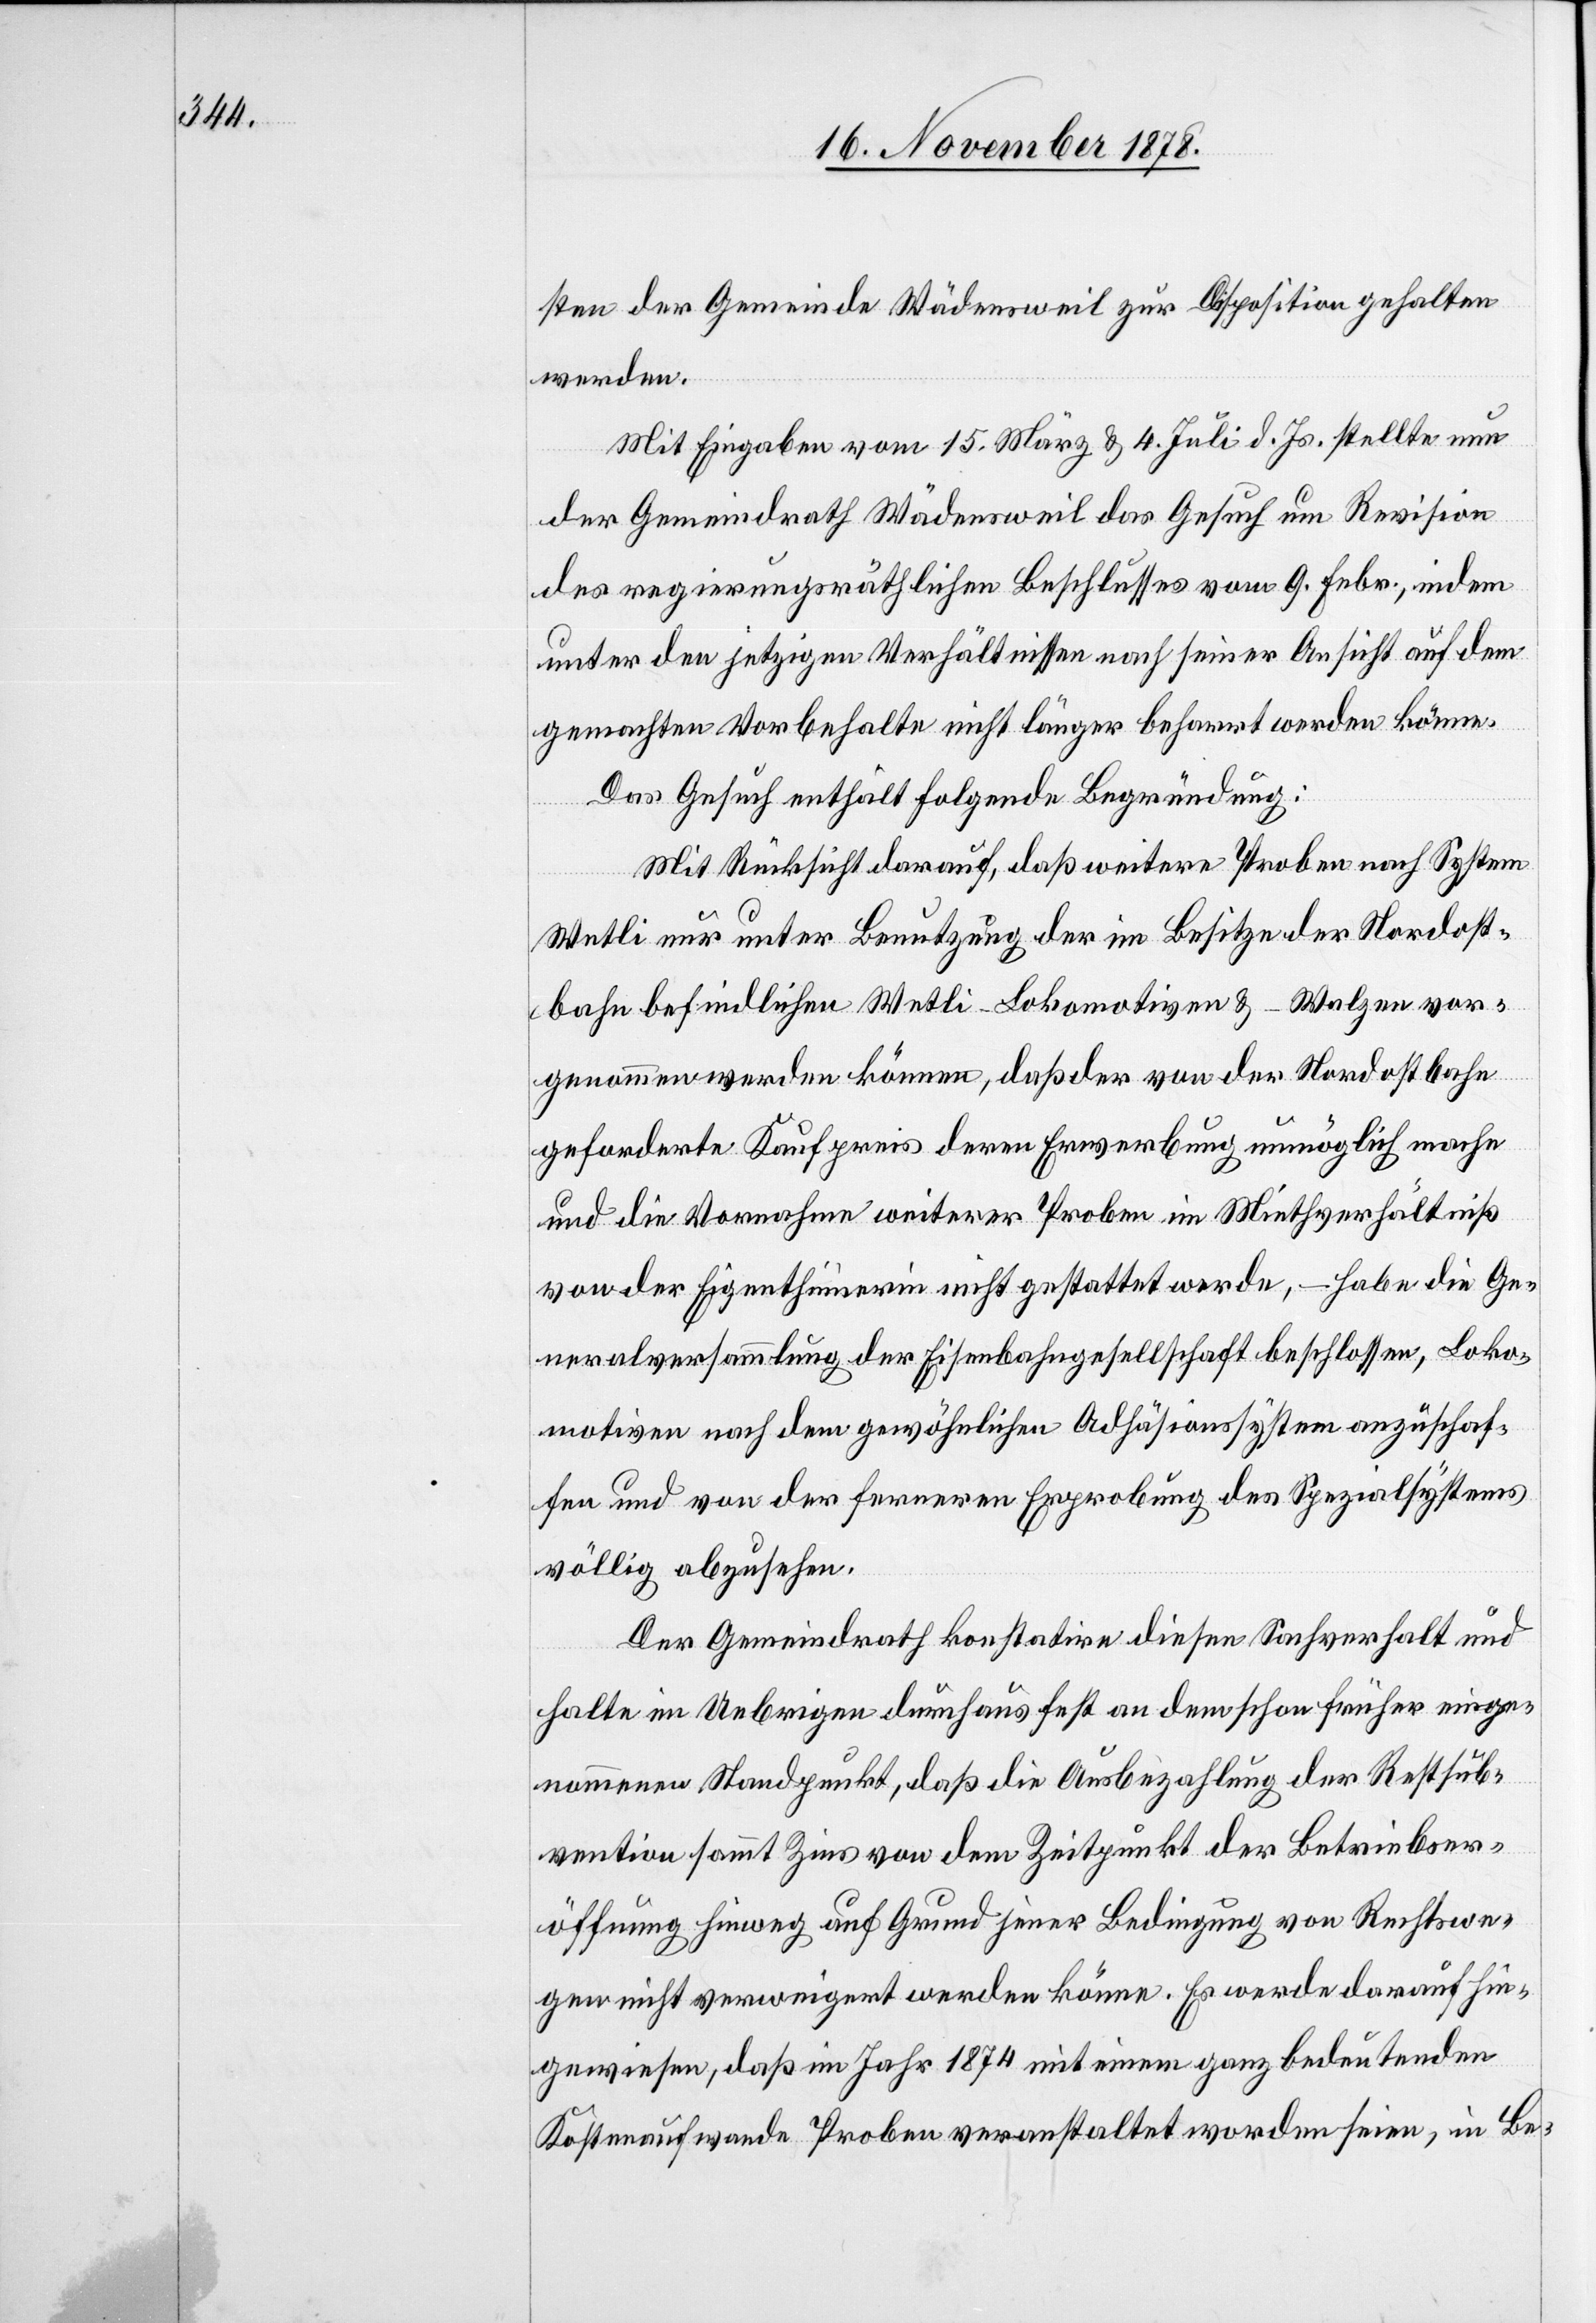
sten der Gemeinde Wädensweil zur Disposition gehalten
werden.
Mit Eingaben vom 15. März & 4. Juli d. Js. stellte nun
der Gemeindrath Wädensweil das Gesuch um Revision
des regierungsräthlichen Beschlusses vom 9. Febr., indem
unter den jetzigen Verhältnissen nach seiner Ansicht auf dem
gemachten Vorbehalte nicht länger beharrt werden könne.
Das Gesuch enthält folgende Begründung:
Mit Rücksicht darauf, daß weitere Proben nach System
Wetli nur unter Benutzung der im Besitze der Nordost¬
bahn befindlichen Wetli-Lokomotiven & -Walzen vor¬
genommen werden können, daß der von der Nordostbahn
geforderte Kaufpreis deren Erwerbung unmöglich mache
und die Vornahme weiterer Proben im Miethverhältniß
von der Eigenthümerin nicht gestattet werde, – habe die Ge¬
neralversammlung der Eisenbahngesellschaft beschlossen, Loko¬
motiven nach dem gewöhnlichen Adhäsionssystem anzuschaf¬
fen und von der Ferneren Erprobung des Spezialsystems
völlig abzusehen.
Der Gemeindrath konstatire diesen Sachverhalt und
halte im Uebrigen durchaus fest an dem schon früher einge¬
nommenen Standpunkt, daß die Ausbezahlung der Restsub¬
vention sammt Zins von dem Zeitpunkt der Betriebser¬
öffnung hinweg auf Grund jener Bedingung von Rechtswe¬
gen nicht verweigert werden könne. Es werde darauf hin¬
gewiesen, daß im Jahr 1874 mit einem ganz bedeutenden
Kostenaufwande Proben veranstaltet worden seien, in Be-